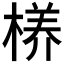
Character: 𮲸